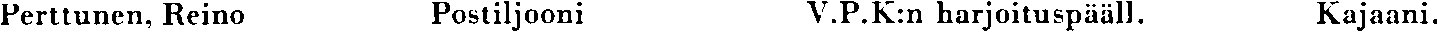
Perttunen, Reino Postiljooni V.P.K:n harjoituspääll. Kajaani.